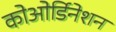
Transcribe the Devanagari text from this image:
कोओर्डिनेशन